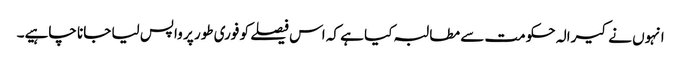
انہوں نے کیرالہ حکومت سے مطالبہ کیا ہے کہ اس فیصلے کو فوری طور پر واپس لیا جانا چاہیے۔